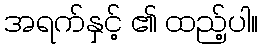
အရက်နှင့် ၏ ထည့်ပါ။